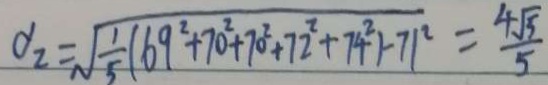
d _ { 2 } = \sqrt { \frac { 1 } { 5 } ( 6 9 ^ { 2 } + 7 0 ^ { 2 } + 7 0 ^ { 2 } + 7 2 ^ { 2 } + 7 4 ^ { 2 } - 7 1 ^ { 2 } } = \frac { 4 \sqrt { 5 } } { 5 }